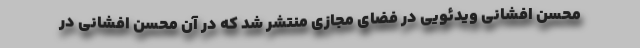
محسن افشانی ویدئویی در فضای مجازی منتشر شد که در آن محسن افشانی در